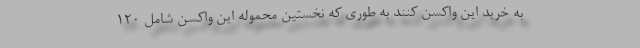
به خرید این واکسن کنند به طوری که نخستین محموله این واکسن شامل ۱۲۰